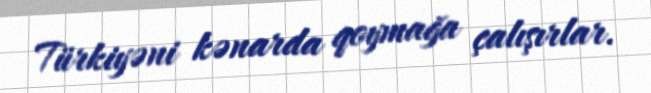
Türkiyəni kənarda qoymağa çalışırlar.